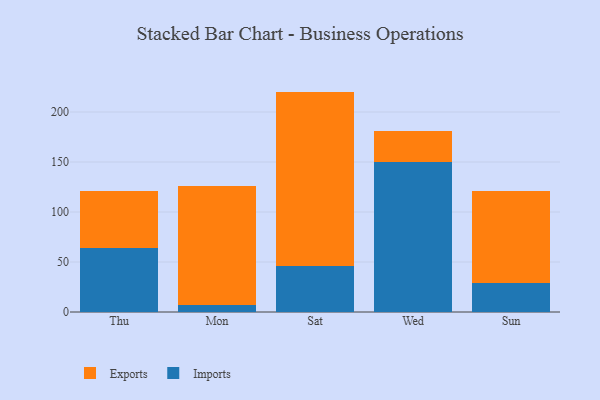
{"axis": {"x": "Day", "y": "Market Share (%)"}, "legend": ["Exports", "Imports"], "data": [{"x": "Thu", "y": 63.8, "type": "Imports"}, {"x": "Thu", "y": 57.1, "type": "Exports"}, {"x": "Mon", "y": 7.5, "type": "Imports"}, {"x": "Mon", "y": 118.9, "type": "Exports"}, {"x": "Sat", "y": 45.7, "type": "Imports"}, {"x": "Sat", "y": 174.7, "type": "Exports"}, {"x": "Wed", "y": 149.9, "type": "Imports"}, {"x": "Wed", "y": 31.4, "type": "Exports"}, {"x": "Sun", "y": 28.7, "type": "Imports"}, {"x": "Sun", "y": 92.2, "type": "Exports"}]}